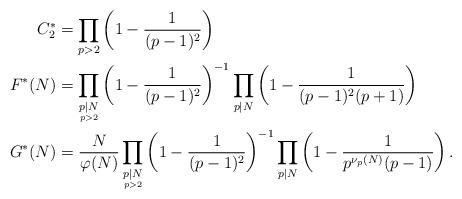
LaTeX: \begin{align*}C^*_2&=\prod_{p>2}\left(1-\frac{1}{(p-1)^2}\right)\\F^*(N)&=\prod_{\underset{p>2}{p\mid N}}\left(1-\frac{1}{(p-1)^2}\right)^{-1}\prod_{p\mid N}\left(1-\frac{1}{(p-1)^2(p+1)}\right)\\G^*(N)&=\frac{N}{\varphi(N)}\prod_{\underset{p>2}{p\mid N}}\left(1-\frac{1}{(p-1)^2}\right)^{-1}\prod_{p\mid N}\left(1-\frac{1}{p^{\nu_p(N)}(p-1)}\right).\end{align*}